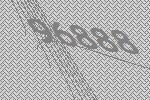
96888